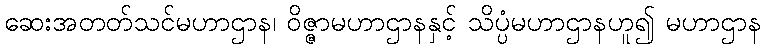
ဆေးအတတ်သင်မဟာဌာန၊ ဝိဇ္ဇာမဟာဌာနနှင့် သိပ္ပံမဟာဌာနဟူ၍ မဟာဌာန